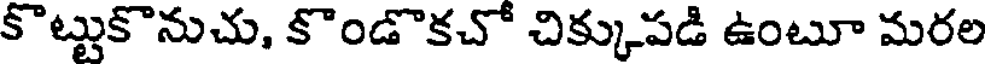
కొట్టుకొనుచు, కొండొకచో చిక్కుపడి ఉంటూ మరల